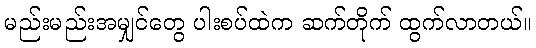
မည်းမည်းအမျှင်တွေ ပါးစပ်ထဲက ဆက်တိုက် ထွက်လာတယ်။